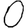
Digit: 0